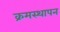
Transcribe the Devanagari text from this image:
क्रमस्थापन